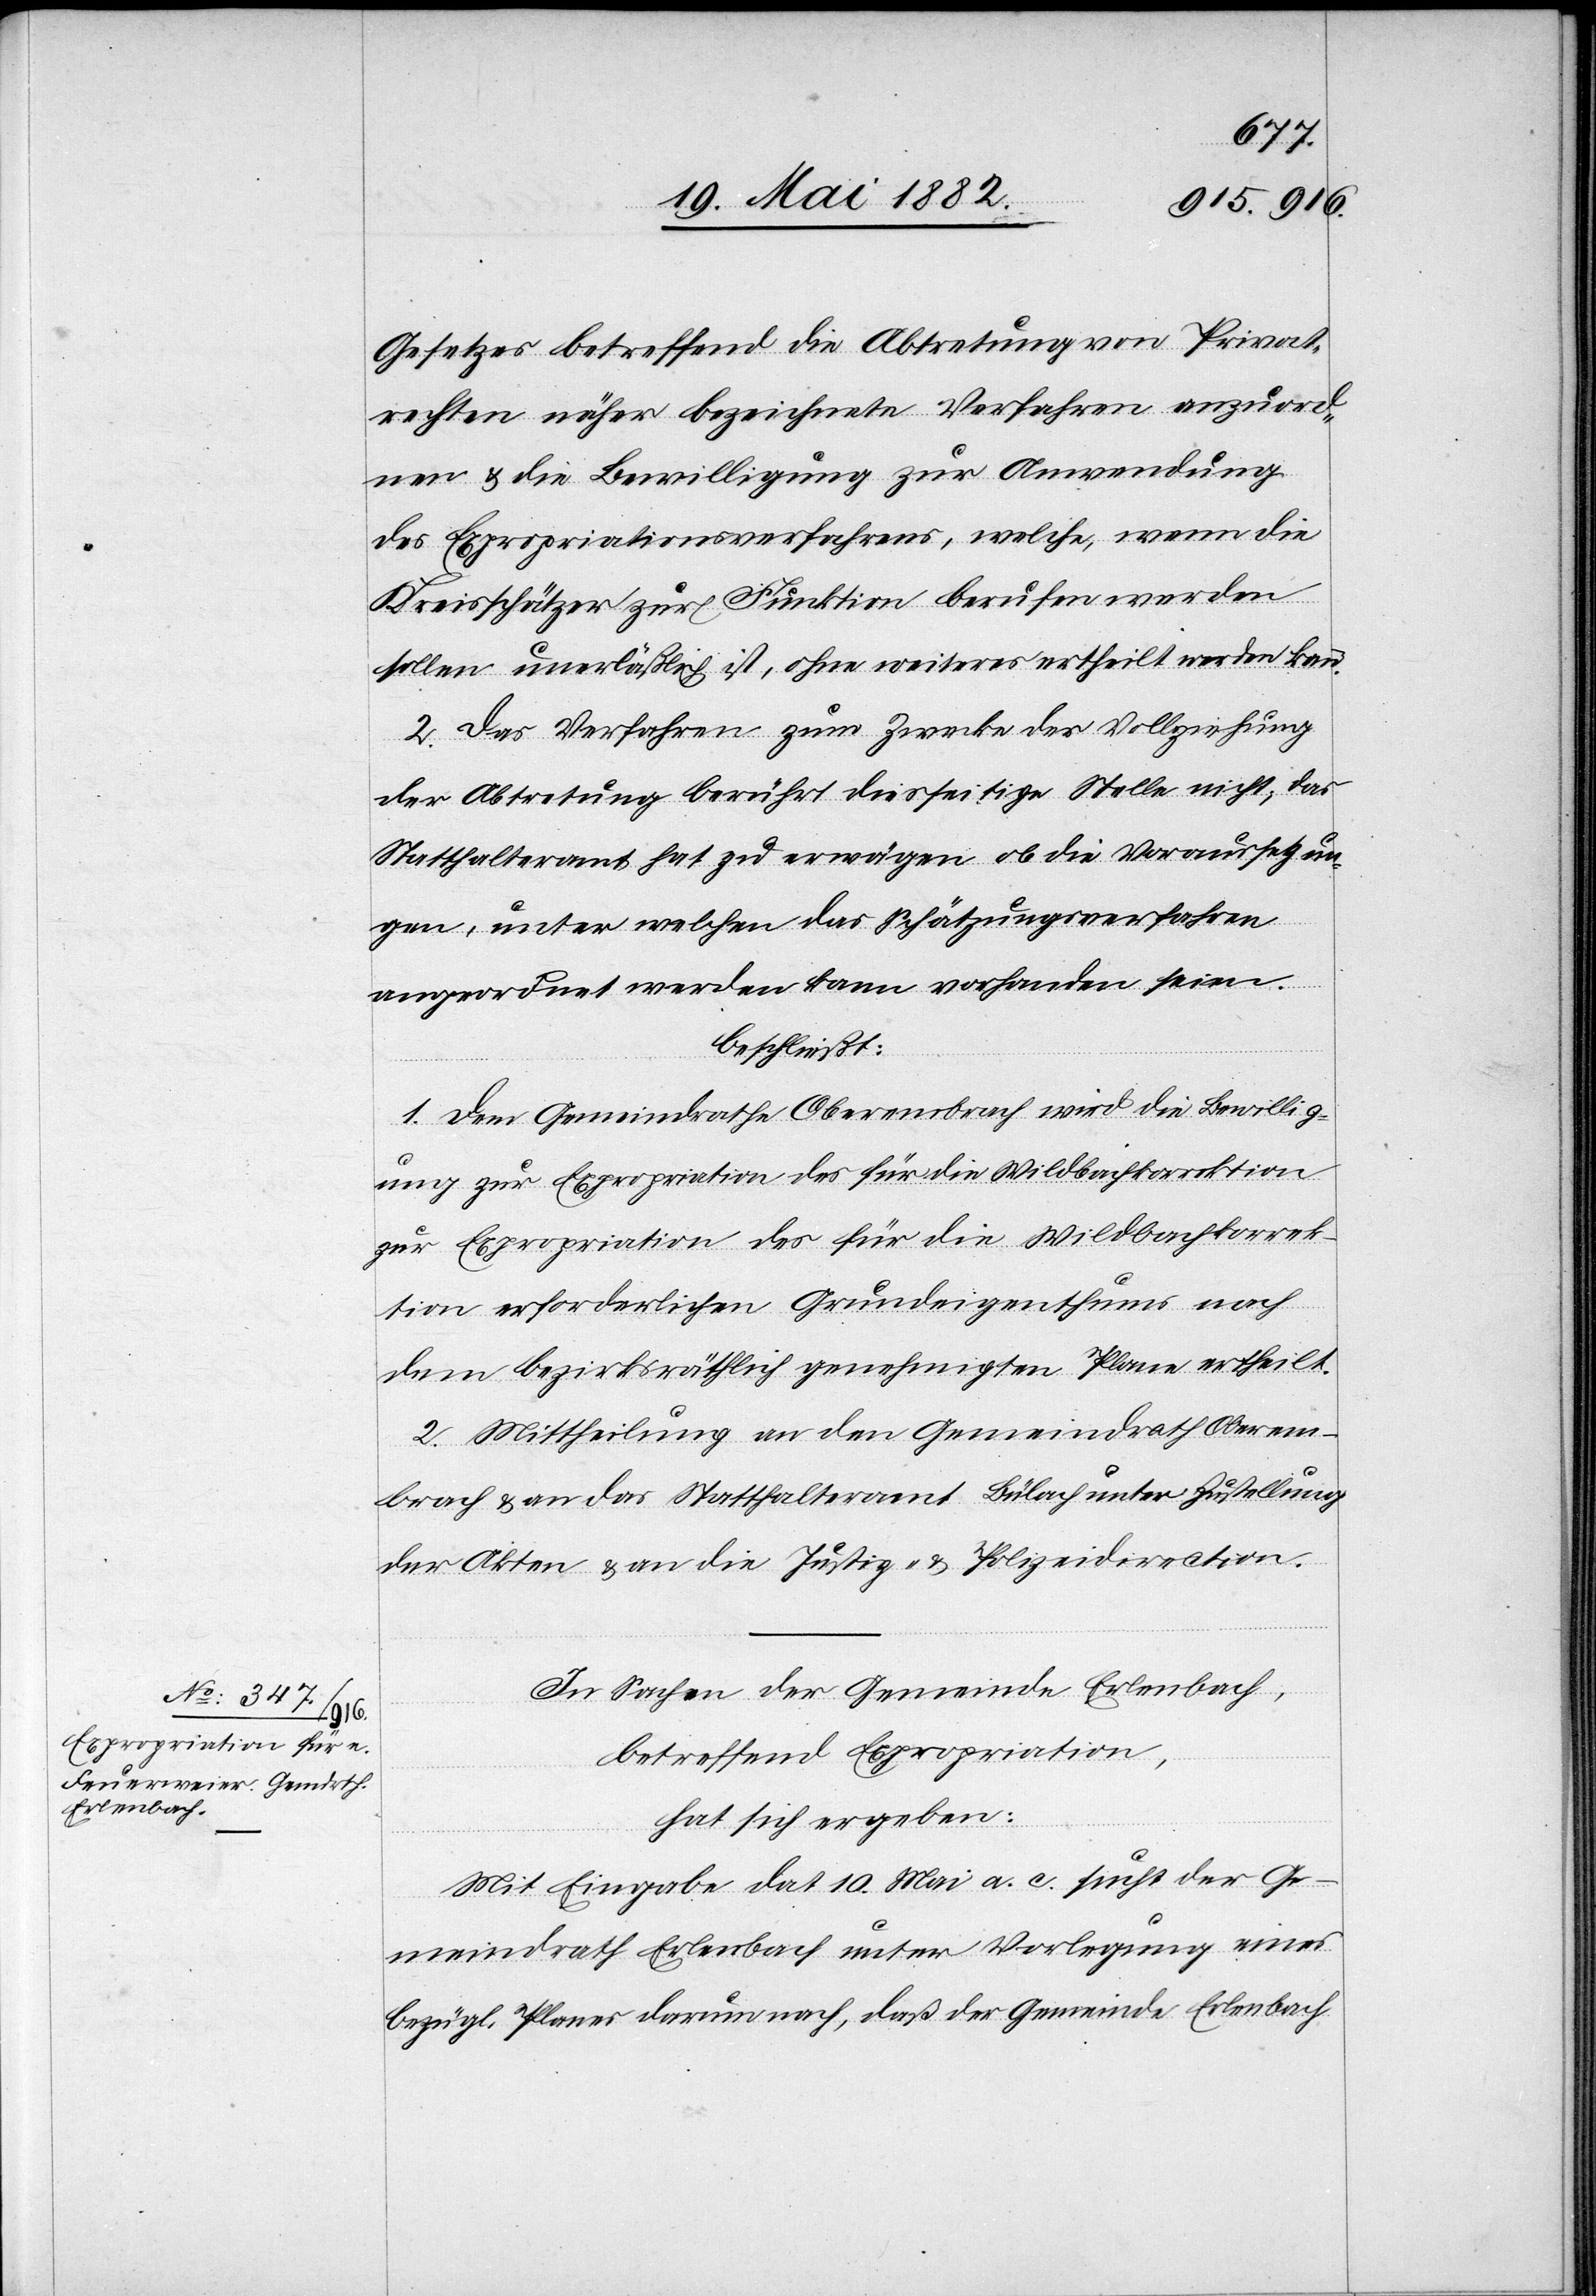
Gesetzes betreffend die Abtretung von Privat¬
rechten näher bezeichnete Verfahren anzuord¬
nen & die Bewilligung zur Anwendung
des Expropriationsverfahrens, welche, wenn die
Kreisschätzer zur Funktion berufen werden
sollen unerläßlich ist, ohne weiteres ertheilt werden kann.
2. Das Verfahren zum Zwecke der Vollziehung
der Abtretung berührt diesseitige Stelle nicht, das
Statthalteramt hat zu erwägen, ob die Voraussetzun¬
gen, unter welchen das Schätzungsverfahren
angeordnet werden kann vorhanden seien.
beschließt:
1. Dem Gemeindrathe Oberembrach wird die Bewillig¬
ung zur Expropriation des für die Wildbachkorrektion
zur Expropriation des für die Wildbachkorrek¬
tion [sic!] erforderlichen Grundeigenthums nach
dem bezirksräthlich genehmigten Plane erlaubt.
2. Mittheilung an den Gemeindrath Oberem¬
brach & an das Statthalteramt Bülach unter Zustellung
der Akten & an die Justiz- & Polizeidirection.
In Sachen der Gemeinde Erlenbach,
betreffend Expropriation,
hat sich ergeben:
Mit Eingabe dat. 10. Mai a. c. sucht der Ge¬
meindrath Erlenbach unter Vorlegung eines
bezügl. Planes darum nach, daß der Gemeinde Erlenbach